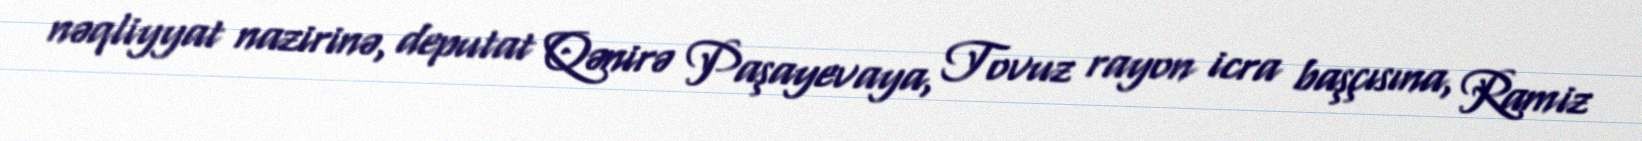
nəqliyyat nazirinə, deputat Qənirə Paşayevaya, Tovuz rayon icra başçısına, Ramiz